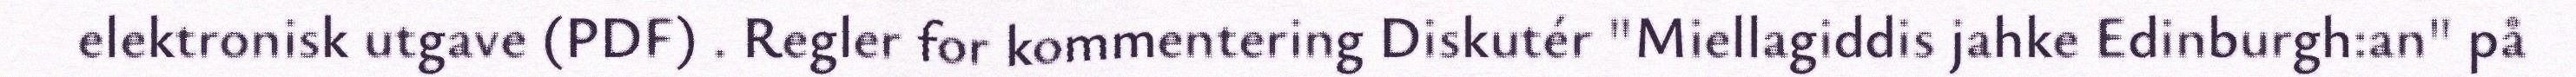
elektronisk utgave (PDF) . Regler for kommentering Diskutér "Miellagiddis jahke Edinburgh:an" på